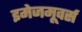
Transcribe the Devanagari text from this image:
इमेजमूवर्स